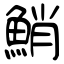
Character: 鮹